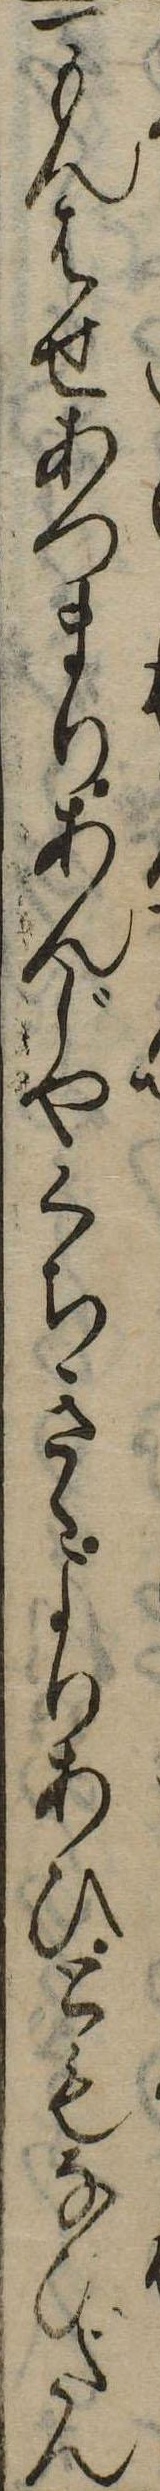
一もんはせあつまりあんじやくちきゝよりあひともなひだん